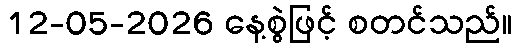
12-05-2026 နေ့စွဲဖြင့် စတင်သည်။